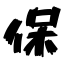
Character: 保